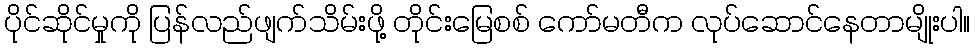
ပိုင်ဆိုင်မှုကို ပြန်လည်ဖျက်သိမ်းဖို့ တိုင်းမြေစစ် ကော်မတီက လုပ်ဆောင်နေတာမျိုးပါ။